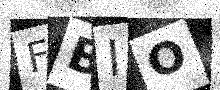
Text: FBIO